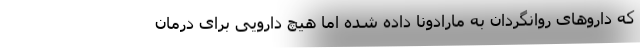
که داروهای روانگردان به مارادونا داده شده اما هیچ دارویی برای درمان